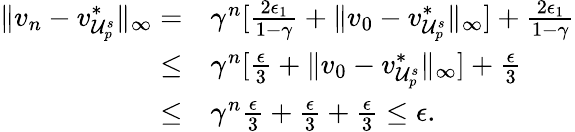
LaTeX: \begin{array}{rl}{\lVert v_{n}-v_{\mathcal{U}_{p}^{s}}^{*}\rVert_{\infty}=}&{\gamma^{n}[\frac{2\epsilon_{1}}{1-\gamma}+\lVert v_{0}-v_{\mathcal{U}_{p}^{s}}^{*}\rVert_{\infty}]+\frac{2\epsilon_{1}}{1-\gamma}}\\ {\leq}&{\gamma^{n}[\frac{\epsilon}{3}+\lVert v_{0}-v_{\mathcal{U}_{p}^{s}}^{*}\rVert_{\infty}]+\frac{\epsilon}{3}}\\ {\leq}&{\gamma^{n}\frac{\epsilon}{3}+\frac{\epsilon}{3}+\frac{\epsilon}{3}\leq\epsilon.}\end{array}